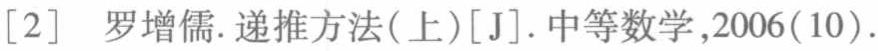
[2] 罗增儒. 递推方法(上)[J]. 中等数学,2006(10).